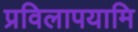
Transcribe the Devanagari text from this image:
प्रविलापयामि